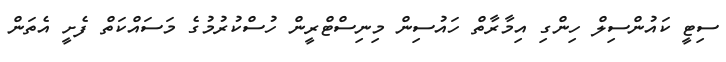
ސިޓީ ކައުންސިލް ހިންގި އިމާރާތް ހައުސިން މިނިސްޓްރީން ހުސްކުރުމުގެ މަސައްކަތް ފެށީ އެތަން